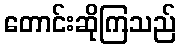
တောင်းဆိုကြသည်